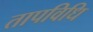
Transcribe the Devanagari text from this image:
तापविधि